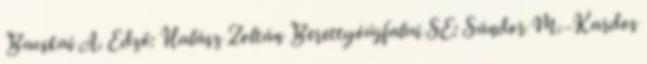
Bacskai A. Edző: Halász Zoltán Berettyóújfalui SE: Sándor M.–Kardos